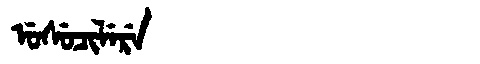
Manchu: ᡠᠰᡠᠴᡳᠯᡝᡵᡝ
Romanization: USUCILERE